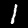
Digit: 1